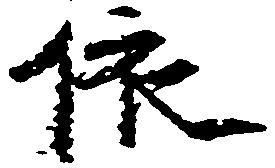
依